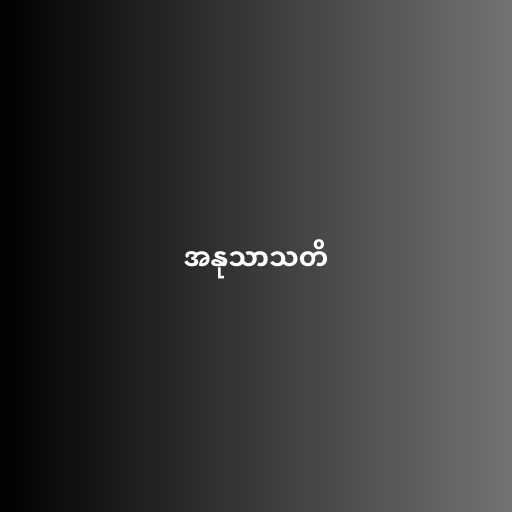
အနုသာသတိ